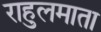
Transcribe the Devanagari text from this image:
राहुलमाता